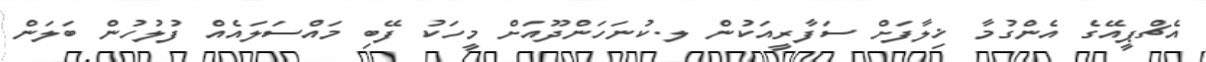
އެޗްޕީއޭގެ އެންގުމާ ޚިލާފަށް ސަފާރީއަކުން ލ.ކުނަހަންދޫއަށް މީހަކު ފޭބި މައްސަަލައެއް ފުލުހުން ބަލަން